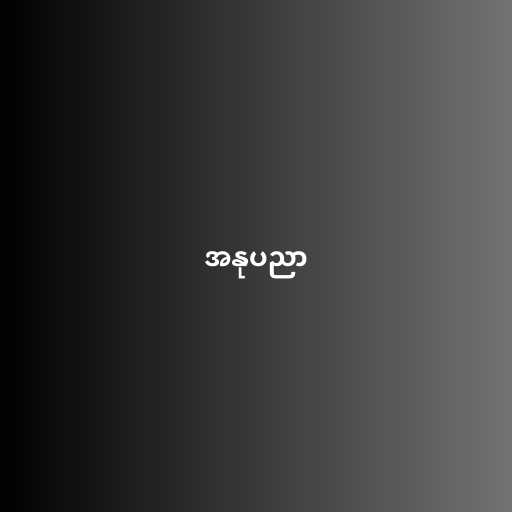
အနုပညာ